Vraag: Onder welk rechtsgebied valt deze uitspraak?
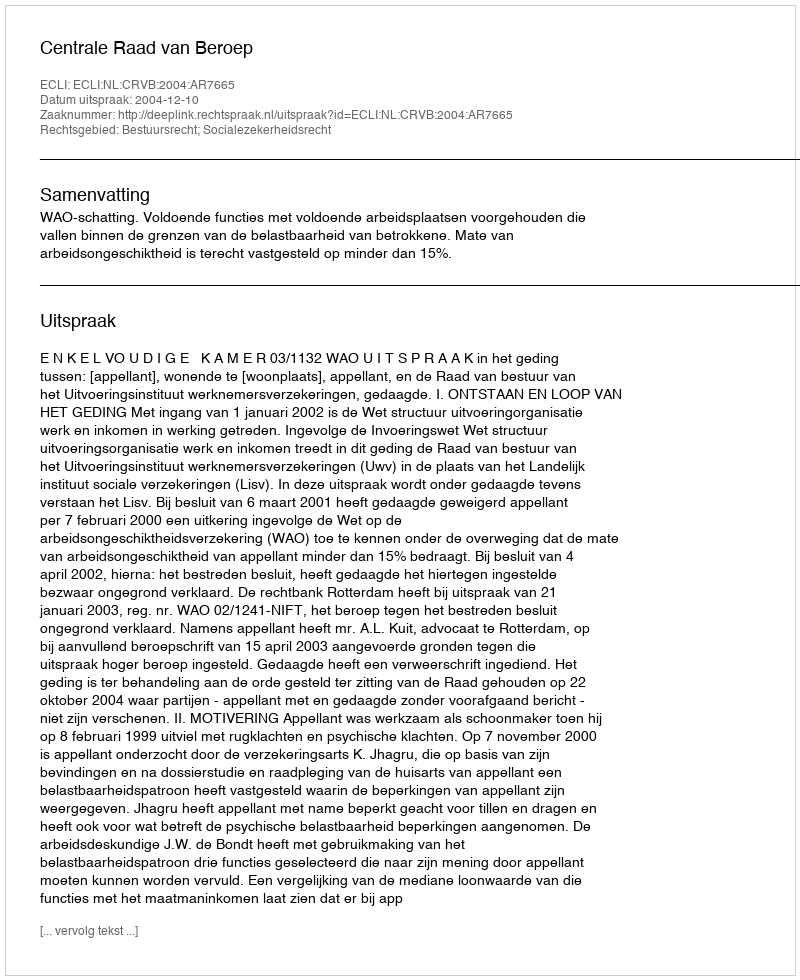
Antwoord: Bestuursrecht; Socialezekerheidsrecht